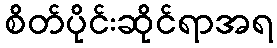
စိတ်ပိုင်းဆိုင်ရာအရ